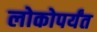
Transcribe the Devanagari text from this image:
लोकोपर्यंत